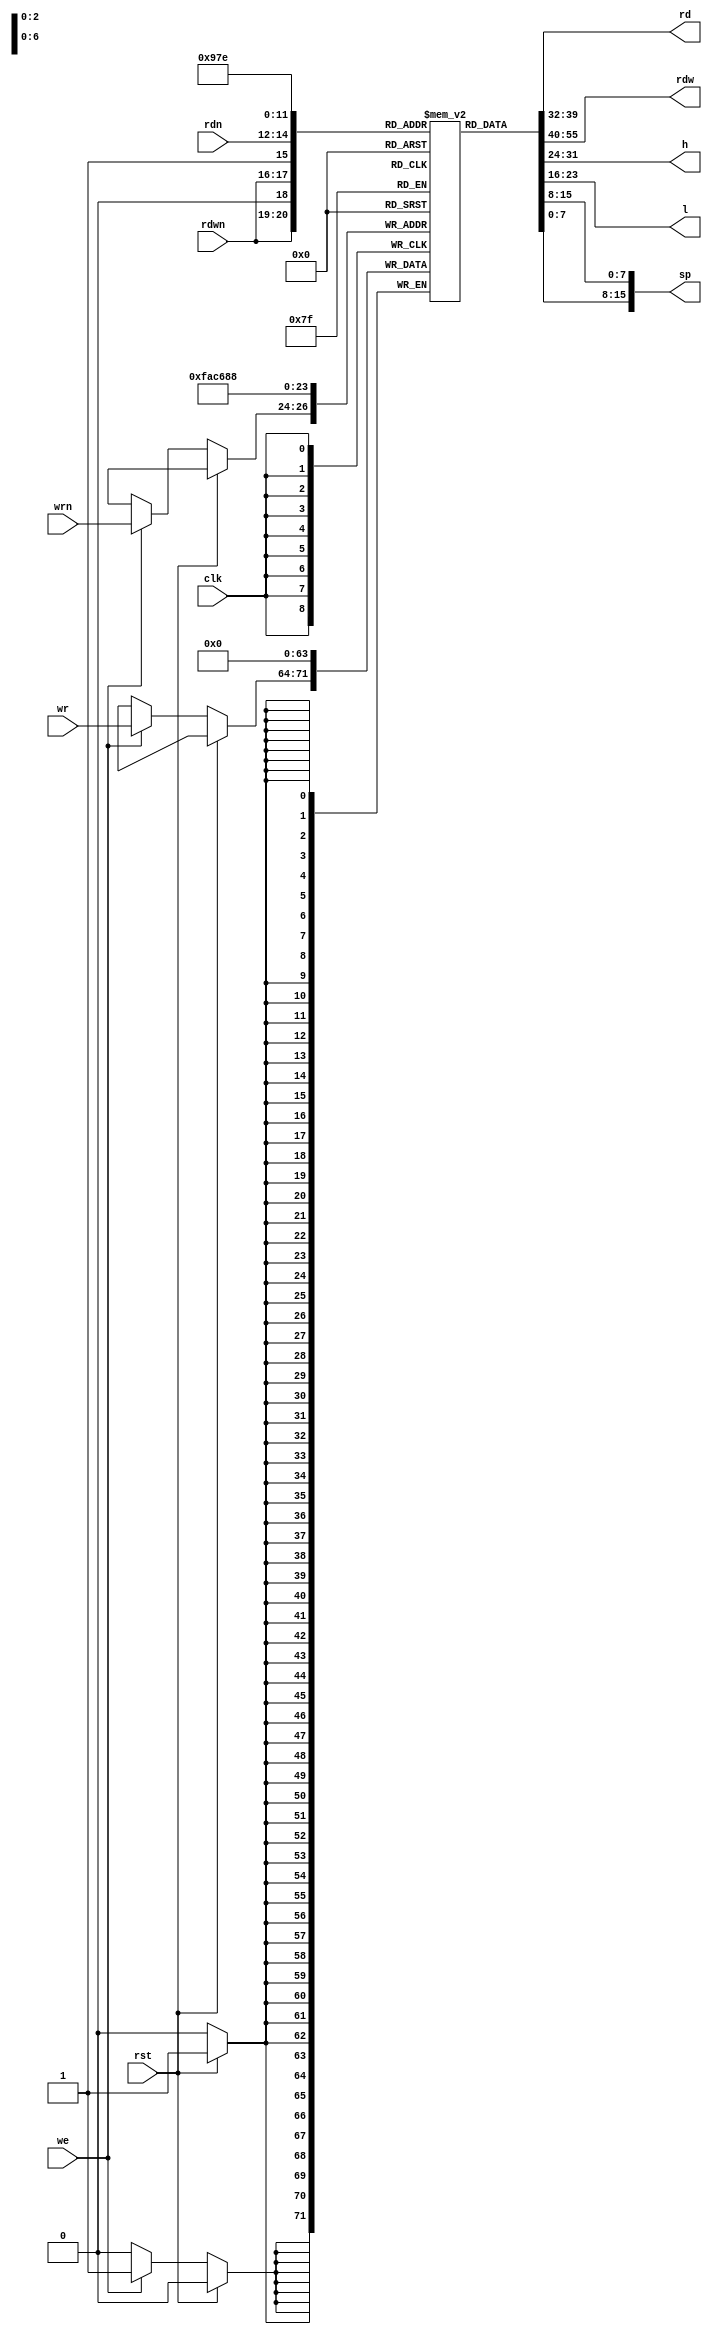
`timescale 1ns / 1ns
`default_nettype wire
//////////////////////////////////////////////////////////////////////////////////
// Company:
//
// Module Name:    regfile
// Project Name:   VerilogBoy
// Description:
//   The register file of Game Boy CPU.
// Dependencies:
//
// Additional Comments:
//   Only BCDEHLSP are in the register file
//////////////////////////////////////////////////////////////////////////////////

module regfile(
    input clk,
    input rst,
    input [2:0] rdn,
    output [7:0] rd,
    input [1:0] rdwn,
    output [15:0] rdw,
    output [7:0] h, // H, L output for 16bit addition
    output [7:0] l,
    output [15:0] sp, // SP output for addressing
    input [2:0] wrn,
    input [7:0] wr,
    input we
    );

    reg [7:0] regs [0:7];

    wire [7:0] rdhigh = regs[{rdwn, 1'b0}];
    wire [7:0] rdlow  = regs[{rdwn, 1'b1}];
    assign rdw = {rdhigh, rdlow};
    assign rd = regs[rdn];
    assign h = regs[3'd4];
    assign l = regs[3'd5];
    assign sp = {regs[3'd6], regs[3'd7]};

    integer i;
    always @(posedge clk) begin
        if (rst) begin
            for (i = 0; i < 8; i = i + 1)
                regs[i] <= 8'b0;
        end
        else begin
            if (we)
                regs[wrn] <= wr;
        end
    end

endmodule